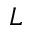
L